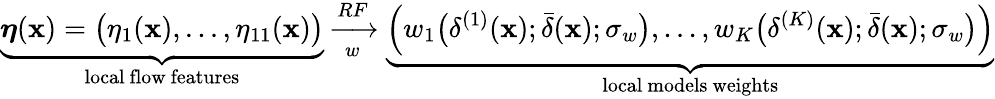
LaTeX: \underbrace{\boldsymbol{\eta}(\mathbf{x})=\bigl(\eta_{1}(\mathbf{x}),...,\eta_{11}(\mathbf{x})\bigr)}_{\mathrm{local~flow~features}}\xrightarrow[w]{RF}\underbrace{\left(w_{1}\bigl(\delta^{(1)}(\mathbf{x});\bar{\delta}(\mathbf{x});\sigma_{w}\bigr),...,w_{K}\bigl(\delta^{(K)}(\mathbf{x});\bar{\delta}(\mathbf{x});\sigma_{w}\bigr)\right)}_{\mathrm{local~models~weights}}